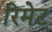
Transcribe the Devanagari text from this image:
रिमेट